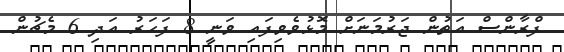
ފްރާންސް އަތުން ޖަރުމަނަށް މޮޅުވެވިފައި ވަނީ 8 ފަހަރު އަދި 6 މެޗުން